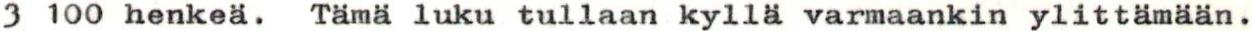
3 100 henkeä. Tämä luku tullaan kyllä varmaankin ylittämään.